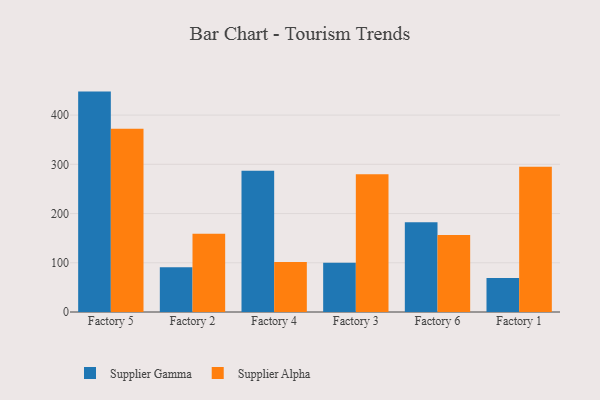
{"axis": {"x": "Factory", "y": "Tickets Resolved"}, "legend": ["Supplier Alpha", "Supplier Gamma"], "data": [{"x": "Factory 5", "y": 447.7, "type": "Supplier Gamma"}, {"x": "Factory 5", "y": 372.3, "type": "Supplier Alpha"}, {"x": "Factory 2", "y": 90.8, "type": "Supplier Gamma"}, {"x": "Factory 2", "y": 158.7, "type": "Supplier Alpha"}, {"x": "Factory 4", "y": 286.9, "type": "Supplier Gamma"}, {"x": "Factory 4", "y": 101.6, "type": "Supplier Alpha"}, {"x": "Factory 3", "y": 99.8, "type": "Supplier Gamma"}, {"x": "Factory 3", "y": 279.9, "type": "Supplier Alpha"}, {"x": "Factory 6", "y": 182.1, "type": "Supplier Gamma"}, {"x": "Factory 6", "y": 156.3, "type": "Supplier Alpha"}, {"x": "Factory 1", "y": 69.3, "type": "Supplier Gamma"}, {"x": "Factory 1", "y": 295.2, "type": "Supplier Alpha"}]}